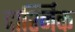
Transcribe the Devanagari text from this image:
दार्श्निक